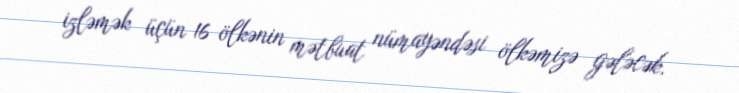
izləmək üçün 16 ölkənin mətbuat nümayəndəsi ölkəmizə gələcək.